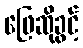
ဖြေဆိုခွင့်